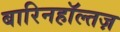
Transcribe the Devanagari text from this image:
बारिनहाॅल्तज़